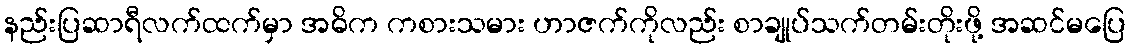
နည်းပြဆာရီလက်ထက်မှာ အဓိက ကစားသမား ဟာဇက်ကိုလည်း စာချုပ်သက်တမ်းတိုးဖို့ အဆင်မပြေ